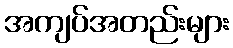
အကျပ်အတည်းများ